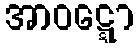
အာဝဋ္ဋော